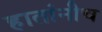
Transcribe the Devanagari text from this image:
हातांनीच